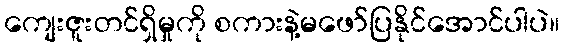
ကျေးဇူးတင်ရှိမှုကို စကားနဲ့မဖော်ပြနိုင်အောင်ပါပဲ။